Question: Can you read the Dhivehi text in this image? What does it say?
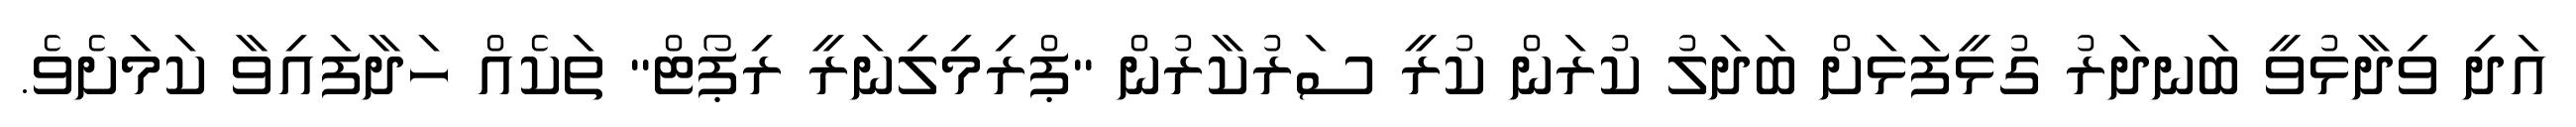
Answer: އަދި ވިދާޅުވީ ބަނދަރު ގުޅީފަޅަށް ބަދަލު ކުރަން ކުރީ ސަރުކާރުން "ޕްރިމިލިނަރީ ރިޕޯޓް" ތަކެއް ހަދާފައިވާ ކަމަށެވެ.